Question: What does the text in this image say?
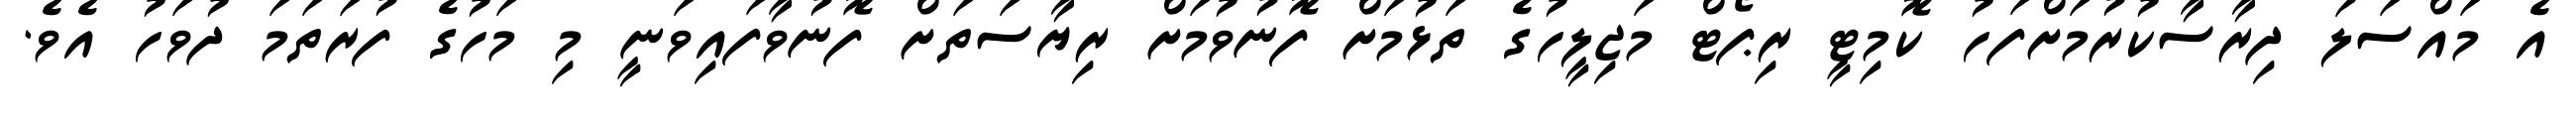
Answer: އެ މައްސަލަ ދިރާސާކުރުމަށްފަހު ކޮމިޓީ ރިޕޯޓް މަޖިލީހުގެ ތަޅުމަށް ފޮނުވުމަށް ރިޔާސަތަށް ފޮނުވާފައިވަނީ މި މަހުގެ ފުރަތަމަ ދުވަހު އެވެ.